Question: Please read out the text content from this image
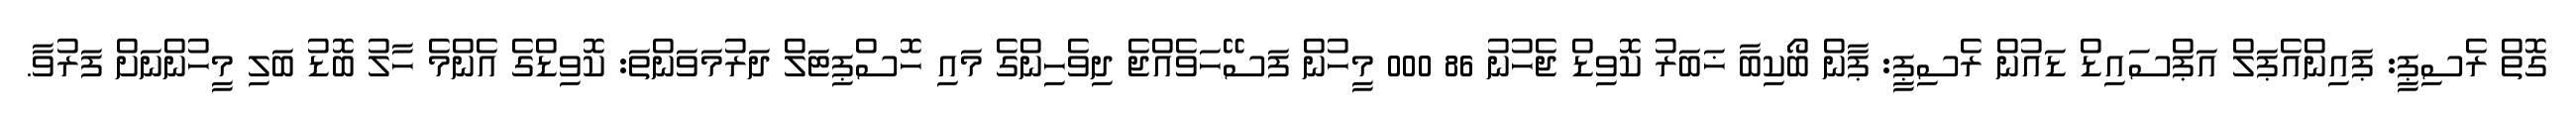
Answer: ގޮތް ރެސިޕީ: ޕައިންއެޕަލް އަޕްސައިޑް ޑައުން ރެސިޕީ: ޕާން ބޯކިބާ ޚަބަރު ކޮވިޑް ޖެހުނު 86 000 މީހުން ފަސޭހަވެއްޖެ ދިވެހިންގެ މައި ހޮސްޕިޓަލް ދަރުމަވަންތަ: ކޮވިޑްގެ އެންމެ ހާލު ބޮޑު ބަލި މީހުންނަށް ފަރުވާ.